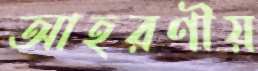
আহরণীয়